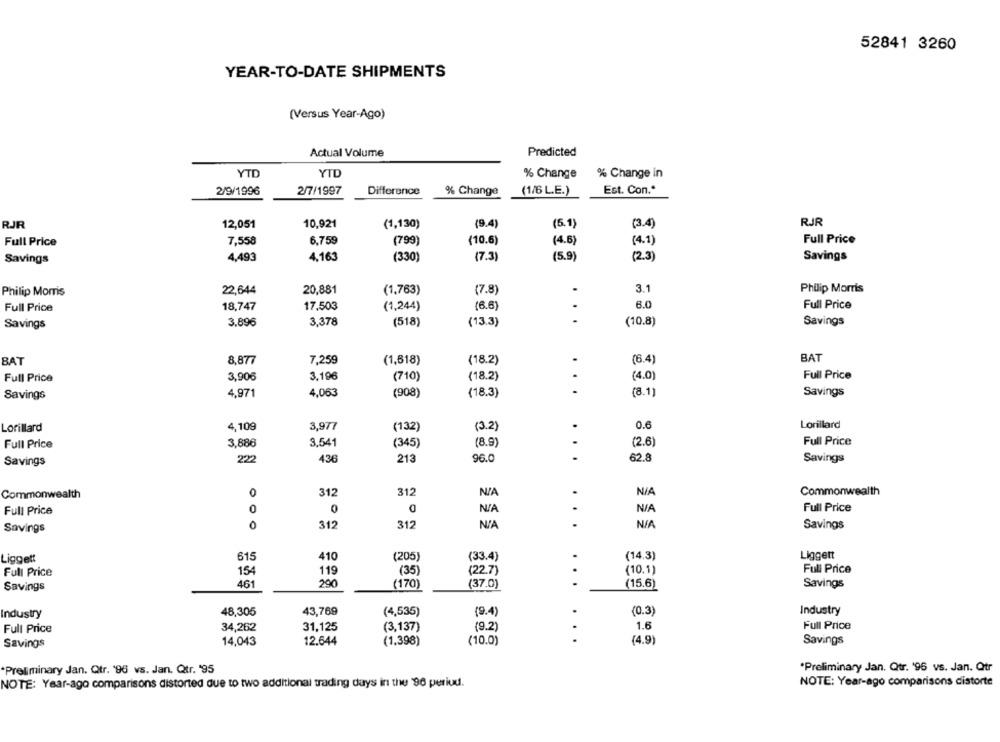
52841 3260
YEAR-TO-DATE SHIPMENTS
(Versus Year-Ago)
Actual Volume
Predicted
YTD
YTD
% Change
% Change in
2/9/1996
2/7/1997
Difference
% Change
(1/6 L.E.)
Est. Con .*
10,921
RJR
RJR
12,051
(1,130)
(9.4)
(5.1)
(3.4)
Full Price
7,558
6.759
(799)
(10.6)
(4.6)
(4.1)
Full Price
Savings
4,493
4,163
(330)
(7.3)
(5.9)
(2.3)
Savings
22,644
20,881
3.1
Philip Morris
Philip Morris
(1,763)
(7.8)
.
8.0
Full Price
18,747
17,503
(1,244)
(6.6
Full Price
.
Savings
3,896
3,378
(518)
(13.3)
(10.8)
Savings
BAT
BAT
8,877
7,259
(1,618)
(18.2)
.
(6.4)
Full Price
3,906
3,196
(710)
(18.2)
4.0)
Full Price
4,971
4,063
(908)
(18.3)
. .
(8.1]
Savings
Savings
0.6
Lorillard
4,109
3,977
(132)
(3.2)
Lorillard
Full Price
3,886
3,541
(345)
(8.9)
(2.6)
Full Price
222
436
213
96.0
62.8
Savings
Savings
Commonwealth
0
312
312
Commonwealth
Full Price
0
Full Price
0
312
312
Savings
Savings
615
(205)
(33.4)
(14.3)
Liggett
Liggett
410
Full Price
154
119
( 35 )
(22.7)
(10.1)
Full Price
Savings
461
290
(170)
(37.0)
...
(15.6)
Savings
Industry
48,305
43,769
(4,535)
(9.4)
(0.3)
Industry
Full Price
34,262
31,125
(3,137)
(9.2)
1.6
Full Price
Savings
14,043
12.644
(1.398)
(10.0)
.
(4.9)
Savings
"Preliminary Jan. Qtr. '96 vs. Jan. Qtr
*Preliminary Jan. Qtr. '96 vs. Jan. Qtr. '95
NOTE: Year-ago comparisons distorte
NOTE: Year-ago comparisons distorted due to two additional trading days in the '90 period.